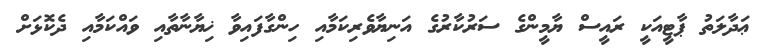
ޢަދާލަތު ޕާޓީއަކީ ރައީސް ޔާމީންގެ ސަރުކާރުގެ އަނިޔާވެރިކަމާއި ހިންގާފައިވާ ޚިޔާނާތާއި ވައްކަމާއި ދެކޮޅަށް